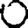
Digit: 0